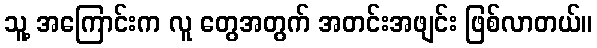
သူ့ အကြောင်းက လူ တွေအတွက် အတင်းအဖျင်း ဖြစ်လာတယ်။